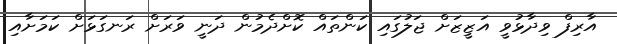
އާރިފް ވިދާޅުވީ އަޒީޒަށް ޖަލުގައި ކަންތައް ކޮށްދެމުން ދަނީ ވަރަށް ރަނގަޅަށް ކަމަށާއި